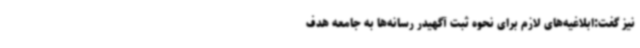
نیز گفت:ابلاغیه‌های لازم برای نحوه ثبت آگهیدر رسانه‌ها به جامعه هدف